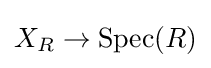
X_{R}\to \operatorname {Spec} (R)